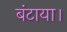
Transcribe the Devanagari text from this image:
बंटाया।